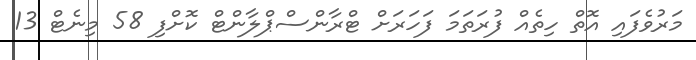
މަރުވެފައި އޮތް ހިތެއް ފުރަތަމަ ފަހަރަށް ޓްރާންސްޕްލާންޓް ކޮށްފި 58 މިނެޓް 13